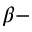
\beta -